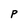
Character: P